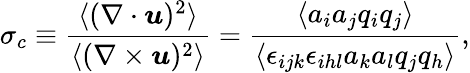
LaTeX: \sigma_{c}\equiv\frac{\langle(\nabla\cdot\boldsymbol{u})^{2}\rangle}{\langle(\nabla\times\boldsymbol{u})^{2}\rangle}=\frac{\langle a_{i}a_{j}q_{i}q_{j}\rangle}{\langle\epsilon_{ijk}\epsilon_{ihl}a_{k}a_{l}q_{j}q_{h}\rangle},